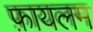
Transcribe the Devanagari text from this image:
फ़ायलम